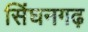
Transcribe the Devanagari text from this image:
सिंघनगढ़